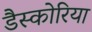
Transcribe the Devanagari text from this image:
डैस्कोरिया